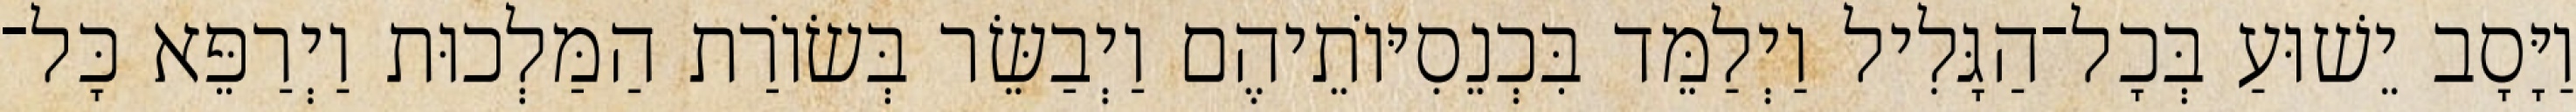
וַיָּסָב יֵשׁוּעַ בְּכָל־הַגָּלִיל וַיְלַמֵּד בִּכְנֵסִיּוֹתֵיהֶם וַיְבַשֵּׂר בְּשׂוֹרַת הַמַּלְכוּת וַיְרַפֵּא כָּל־